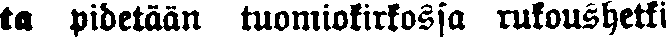
ta pidetään tuomiokirkossa rukoushetki